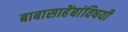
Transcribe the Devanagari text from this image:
बाबासाहेंबांविषयी